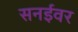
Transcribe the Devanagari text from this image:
सनईवर